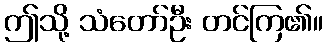
ဤသို့ သံတော်ဦး တင်ကြ၏။